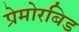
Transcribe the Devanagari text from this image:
प्रेमोरबिड